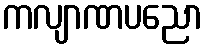
ကလျာဏပညော